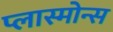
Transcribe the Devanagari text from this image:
प्लास्मोन्स